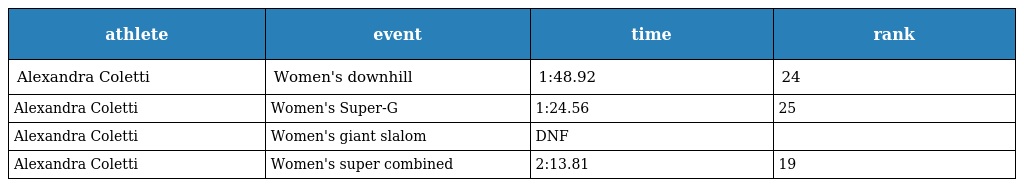
| athlete | event | time | rank |
 | --- | --- | --- | --- |
 | Alexandra Coletti | Women's downhill | 1:48.92 | 24 |
 | Alexandra Coletti | Women's Super-G | 1:24.56 | 25 |
 | Alexandra Coletti | Women's giant slalom | DNF |  |
 | Alexandra Coletti | Women's super combined | 2:13.81 | 19 |